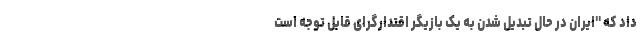
داد که "ایران در حال تبدیل شدن به یک بازیگر اقتدارگرای قابل توجه است